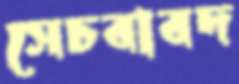
সেচবাবদ